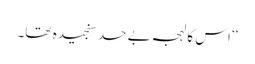
‘‘ اس کا لہجہ بے حد سنجیدہ تھا۔